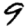
Digit: 9